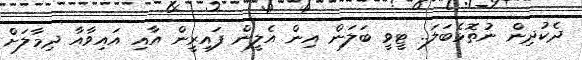
ދެކުދިން ނުތޮޅެބަލަ.. ޓީވީ ބަލަން އިން އެލީން ފައިރީން އާއި އައިވާއާ ދިމާލަށް